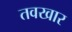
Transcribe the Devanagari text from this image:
तवखार